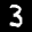
Label: 3